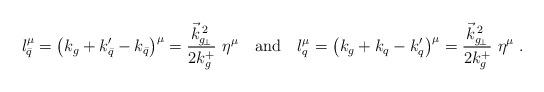
LaTeX: \begin{align*}l_{\bar q} ^\mu = \left(k_g + k_{\bar q}^\prime - k_{\bar q}\right) ^\mu = {\vec k _{g_{\!\perp}} ^{\,2}\over 2k_g^+}\ \eta ^\mu \quad{\rm and}\quad l^\mu_q = \left(k_g + k_q - k_q^\prime\right) ^\mu = {\vec k _{g_{\!\perp}} ^{\,2}\over 2k_g^+}\ \eta ^\mu\ .\end{align*}